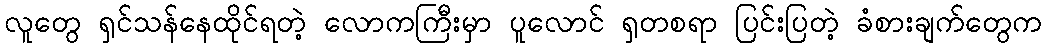
လူတွေ ရှင်သန်နေထိုင်ရတဲ့ လောကကြီးမှာ ပူလောင် ရှတစရာ ပြင်းပြတဲ့ ခံစားချက်တွေက